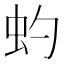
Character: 虳